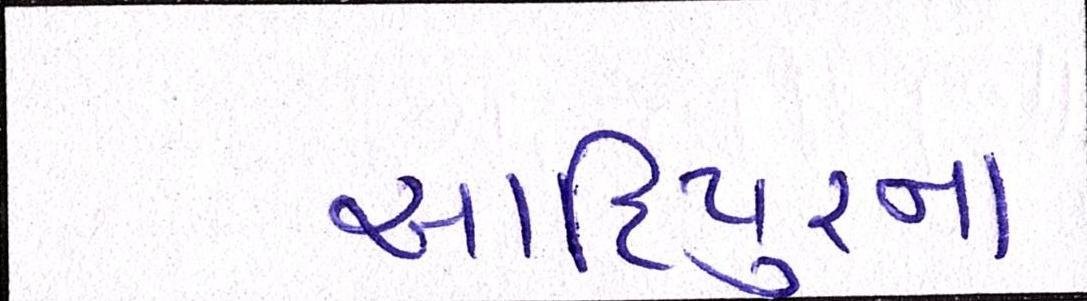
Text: આદિપુરના